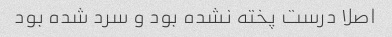
اصلا درست پخته نشده بود و سرد شده بود